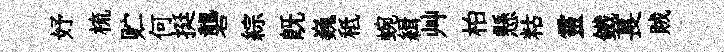
妤梳贮何挺礱綜旣巍秪蜿緝艸柏懸䊀靈鐵萇賊